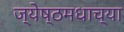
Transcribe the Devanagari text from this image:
ज्येष्ठमधाच्या